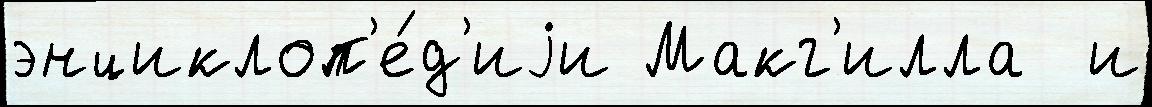
энциклоп'е́д'иjи Макг'илла  и